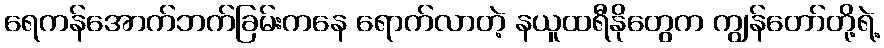
ရေကန်အောက်ဘက်ခြမ်းကနေ ရောက်လာတဲ့ နယူထရီနိုတွေက ကျွန်တော်တို့ရဲ့